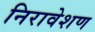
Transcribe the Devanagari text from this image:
निरावेशण